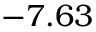
- 7 . 6 3